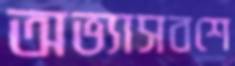
অভ্যাসবশে